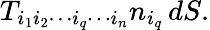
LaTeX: T_{i_{1}i_{2}\cdots i_{q}\cdots i_{n}}n_{i_{q}}\, dS.